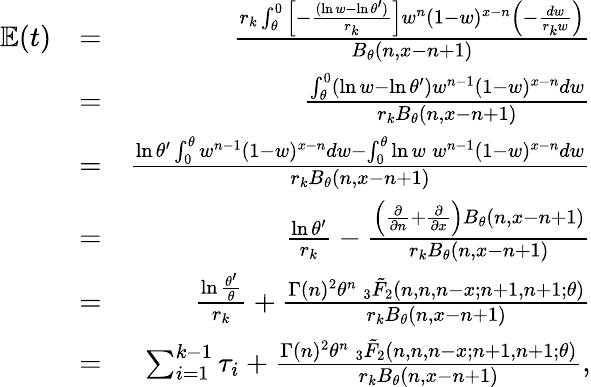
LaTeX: \begin{array}{rlr}{\mathbb{E}(t)}&{=}&{\frac{r_{k}\int_{\theta}^{0}\Big[-\frac{(\ln w-\ln\theta^{\prime})}{r_{k}}\Big]w^{n}(1-w)^{x-n}\Big(-\frac{dw}{r_{k}w}\Big)}{B_{\theta}(n,x-n+1)}}\\ &{=}&{\frac{\int_{\theta}^{0}\left(\ln w-\ln\theta^{\prime}\right)w^{n-1}(1-w)^{x-n}dw}{r_{k}B_{\theta}(n,x-n+1)}}\\ &{=}&{\frac{\ln\theta^{\prime}\int_{0}^{\theta}w^{n-1}(1-w)^{x-n}dw-\int_{0}^{\theta}\ln w\: w^{n-1}(1-w)^{x-n}dw}{r_{k}B_{\theta}(n,x-n+1)}}\\ &{=}&{\frac{\ln\theta^{\prime}}{r_{k}}-\frac{\Big(\frac{\partial}{\partial n}+\frac{\partial}{\partial x}\Big)B_{\theta}(n,x-n+1)}{r_{k}B_{\theta}(n,x-n+1)}}\\ &{=}&{\frac{\ln\frac{\theta^{\prime}}{\theta}}{r_{k}}+\frac{\Gamma(n)^{2}{\theta}^{n}\: _{3}\tilde{F}_{2}(n,n,n-x;n+1,n+1;\theta)}{r_{k}B_{\theta}(n,x-n+1)}}\\ &{=}&{\sum_{i=1}^{k-1}\tau_{i}+\frac{\Gamma(n)^{2}{\theta}^{n}\: _{3}\tilde{F}_{2}(n,n,n-x;n+1,n+1;\theta)}{r_{k}B_{\theta}(n,x-n+1)},}\end{array}